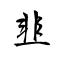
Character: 韭